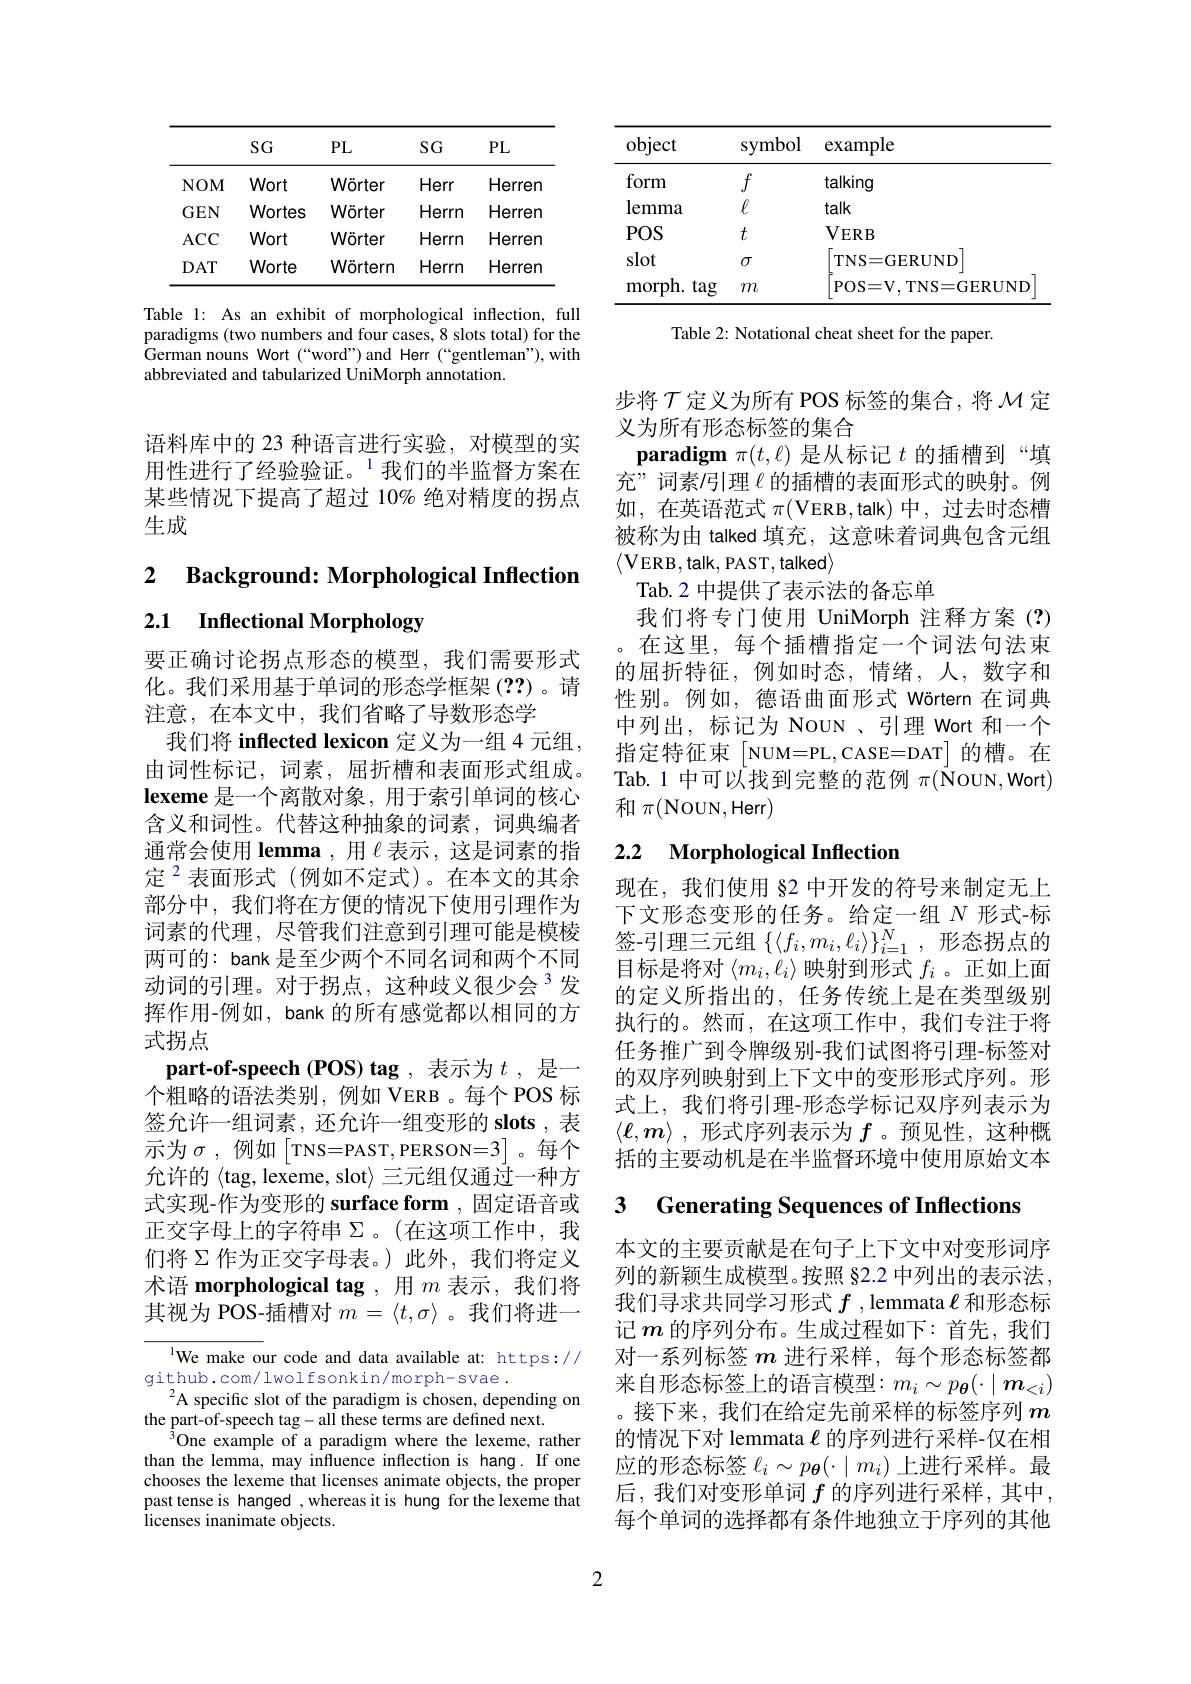
<table>
	<tbody>
		<tr>
			<th> </th>
			<th>$SG$</th>
			<th>$PL$</th>
			<th>$SG$</th>
			<th>$PL$</th>
		</tr>
		<tr>
			<td>$NOM$</td>
			<td>Wort</td>
			<td>Wörter</td>
			<td>Herr</td>
			<td>Herren</td>
		</tr>
		<tr>
			<td>$GEN$</td>
			<td>Wortes</td>
			<td>Wörter</td>
			<td>Herrn</td>
			<td>Herren</td>
		</tr>
		<tr>
			<td>$ACC$</td>
			<td>Wort</td>
			<td>Wörter</td>
			<td>Herrn</td>
			<td>Herren</td>
		</tr>
		<tr>
			<td>$DAT$</td>
			<td>Worte</td>
			<td>Wörtern</td>
			<td>Herrn</td>
			<td>Herren</td>
		</tr>
	</tbody>
</table>

Table 1: As an exhibit of morphological inflection, full paradigms (two numbers and four cases, 8 slots total) for the German nouns Wort (“word”)and Herr(“gentleman"),with abbreviated and tabularized UniMorph annotation.

语料库中的 23 种语言进行实验，对模型的实用性进行了经验验证。$^{1}$我们的半监督方案在某些情况下提高了超过 10% 绝对精度的拐点生成

2 $\textbf{Background: Morphological Inflection}$

## 2.1 Inflectional Morphology

要正确讨论拐点形态的模型，我们需要形式化。我们采用基于单词的形态学框架(??)。请注意，在本文中，我们省略了导数形态学
我们将 inflected lexicon 定义为一组 4 元组， 由词性标记，词素，屈折槽和表面形式组成。lexeme 是一个离散对象，用于索引单词的核心含义和词性。代替这种抽象的词素，词典编者通常会使用 lemma ,用$\ell$表示 , 这是词素的指定$^{2}$表面形式(例如不定式)。在本文的其余部分中，我们将在方便的情况下使用引理作为词 素 的 代 理 , 尽 管 我 们 注 意 到 引 理 可 能 是 模 棱 签 - 引 理 三 元 组 $\{ \langle f_i, m_i, \ell _i\rangle \} _{i= 1}^N$,形 态 拐 点 的 两 可 的 : bank 是 至 少 两 个 不 同 名 词 和 两 个 不 同 日 标 目 收 对 $\langle u_i, \ell _i\rangle \} _{i= 1}^N$,形 态 拐 点 的
两可的：bank 是至少两个不同名词和两个不同动词的引理。对于拐点，这种歧义很少会$^{3}$发挥作用-例如，bank 的所有感觉都以相同的方式拐点
part-of-speech (POS) tag , 表示为$t$ ,是一个粗略的语法类别，例如 VERB。每个 POS 标签允许一组词素，还允许一组变形的 slots ,表示为$\sigma$,例如$\begin{bmatrix}\mathrm{TNS=PAST,PERSON=3}\end{bmatrix}$。每个允许的〈tag, lexeme, slot〉三元组仅通过一种方式实现-作为变形的 surface form , 固定语音或正交字母上的字符串$\Sigma$。(在这项工作中，我们将$\Sigma$作为正交字母表。)此外，我们将定义术语 morphological tag ,用$m$表示，我们将其视为 POS-插槽对$m=\langle t,\sigma\rangle$ 。我们将进一

$^{1}$We make our code and data available at: https://
github.com/lwolfsonkin/morph-svae.
A specific slot of the paradigm is chosen, depending on
the part-of-speech tag-all these terms are defined next.
$^3$One example of a paradigm where the lexeme, rather than the lemma, may influence inflection is hang. If one chooses the lexeme that licenses animate objects, the proper past tense is hanged ,whereas it is hung for the lexeme that licenses inanimate objects.

<table>
	<tbody>
		<tr>
			<th>object</th>
			<th>symbol</th>
			<th>example</th>
		</tr>
		<tr>
			<td>form</td>
			<td>$f$</td>
			<td>talking</td>
		</tr>
		<tr>
			<td>lemma</td>
			<td>$\ell$</td>
			<td>talk</td>
		</tr>
		<tr>
			<td>$POS$</td>
			<td>$t$</td>
			<td>$VERB$</td>
		</tr>
		<tr>
			<td>slot</td>
			<td>$\sigma$</td>
			<td>$TNS=GERUND$</td>
		</tr>
		<tr>
			<td>tag morph.</td>
			<td>$m$</td>
			<td>POS= V. TNS= GERUND</td>
		</tr>
	</tbody>
</table>

Table 2: Notational cheat sheet for the paper.

步将$\mathcal{T}$定义为所有 POS 标签的集合，将$\mathcal{M}$定
义为所有形态标签的集合
paradigm $\pi(t,\ell)$是从标记$t$的插槽到“填充”词素月1理$\ell$的插槽的表面形式的映射。例如，在英语范式$\pi($VERB,talk)中，过去时态槽被称为由 talked 填充，这意味着词典包含元组$\langle$VERB, talk, PAST, talked$\rangle$
Tab.2 中提供了表示法的备忘单
我们将专门使用 UniMorph 注释方案 (?) 。在这里，每个插槽指定一个词法句法束的屈折特征，例如时态，情绪，人，数字和性别。例如，德语曲面形式 Wörtern 在词典中列出，标记为 NouN、引理 Wort 和一个指定特征束「NUM=PL,CASE=DAT]的槽。在Tab.1 中可以找到完整的范例$\pi(\vec{\mathbf{N}}$OUN,Wort) 和$\pi($NoUN,Herr)

### 2.2 $\textbf{Morphological Inflection}$

现在，我们使用 §2 中开发的符号来制定无上下文形态变形的任务。给定一组$N$形式-标目标是将对$\langle m_i,\ell_i\rangle$映射到形式$f_i$ 。正如上面的定义所指出的，任务传统上是在类型级别执行的。然而，在这项工作中，我们专注于将任务推广到令牌级别-我们试图将引理-标签对的双序列映射到上下文中的变形形式序列。形式上，我们将引理-形态学标记双序列表示为$\langle\ell,\boldsymbol{m}\rangle$ ,形式序列表示为$f$ 。预见性，这种概括的主要动机是在半监督环境中使用原始文本

# 3 Generating Sequences of Inflections

本文的主要贡献是在句子上下文中对变形词序列的新颖生成模型。按照 §2.2 中列出的表示法， 我们寻求共同学习形式$f$ , lemmata $\ell$和形态标记$m$的序列分布。生成过程如下：首先，我们对一系列标签$m$进行采样，每个形态标签都来自形态标签上的语言模型：$m_i\sim p_{\boldsymbol{\theta}}(\cdot\mid\boldsymbol{m}_{<i})$ 。接下来，我们在给定先前采样的标签序列$m$ 的情况下对 lemmata $\ell$的序列进行采样-仅在相应的形态标签$\ell_i\sim p_{\boldsymbol{\theta}}(\cdot\mid m_i)$上进行采样。最后，我们对变形单词$f$的序列进行采样，其中， 每个单词的选择都有条件地独立于序列的其他

2